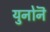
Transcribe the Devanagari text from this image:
युनोनॆ